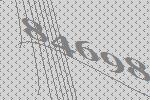
84698